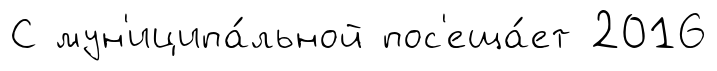
С мун'иципа́льной пос'еща́ет 2016